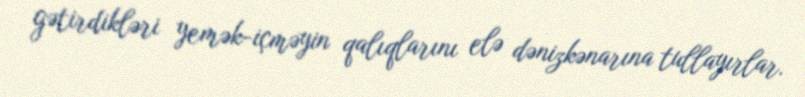
gətirdikləri yemək-içməyin qalıqlarını elə dənizkənarına tullayırlar.